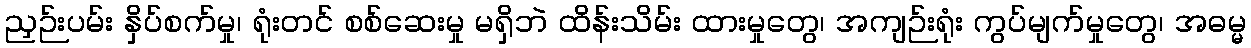
ညှဉ်းပမ်း နှိပ်စက်မှု၊ ရုံးတင် စစ်ဆေးမှု မရှိဘဲ ထိန်းသိမ်း ထားမှုတွေ၊ အကျဉ်းရုံး ကွပ်မျက်မှုတွေ၊ အဓမ္မ